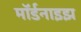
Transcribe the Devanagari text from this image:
मॉर्डनाइझ